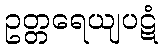
ဥတ္တရေယျပဋံ